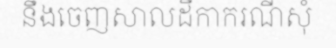
នឹងចេញសាលដីកាករណីសុំ